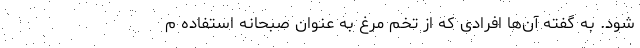
شود. به گفته آن‌ها افرادی که از تخم مرغ به عنوان صبحانه استفاده م